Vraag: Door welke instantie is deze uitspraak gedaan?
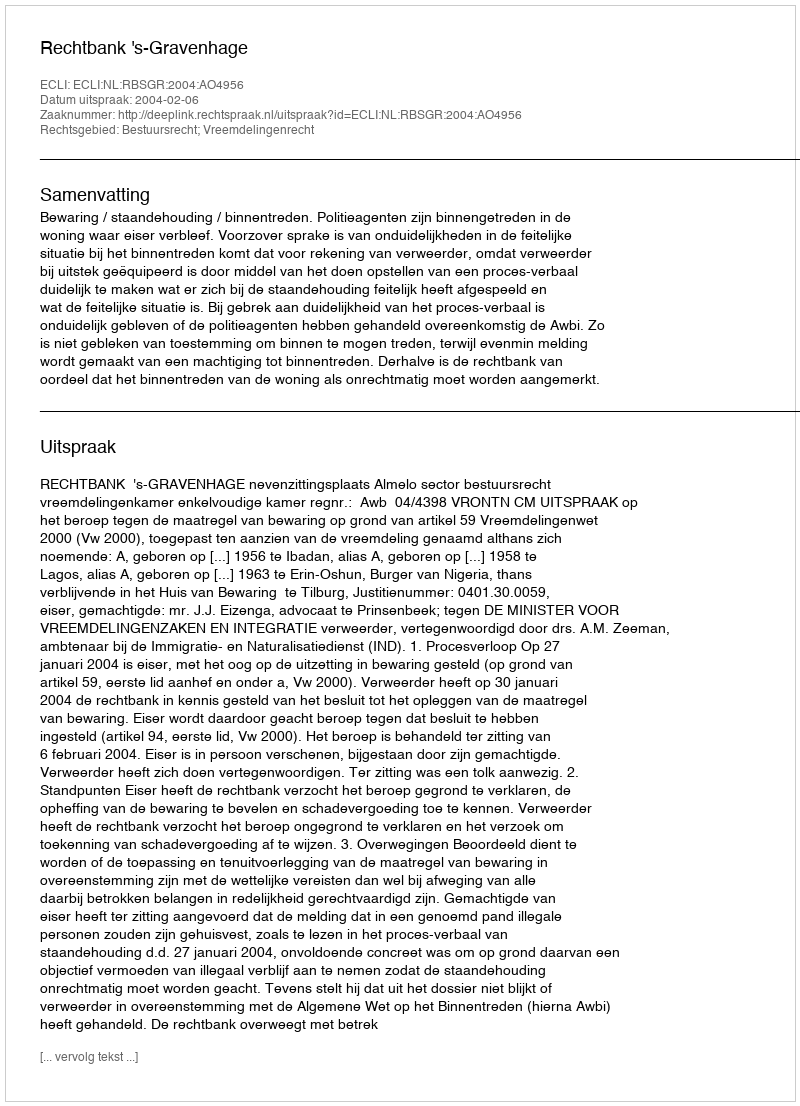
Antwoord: Rechtbank 's-Gravenhage